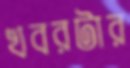
খবরটার